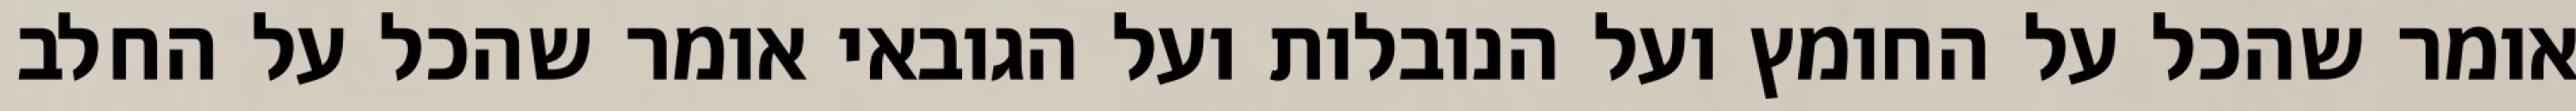
אומר שהכל על החומץ ועל הנובלות ועל הגובאי אומר שהכל על החלב